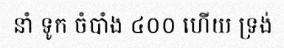
នាំ ទូក ចំបាំង ៤០០ ហើយ ទ្រង់